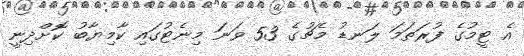
އެ ޓީމުގެ ފުރަތަމަ ލަނޑު މެޗުގެ 53 ވަނަ މިނެޓުގައި ކާމިޔާބު ކޮށްދިނީ